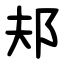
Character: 邞